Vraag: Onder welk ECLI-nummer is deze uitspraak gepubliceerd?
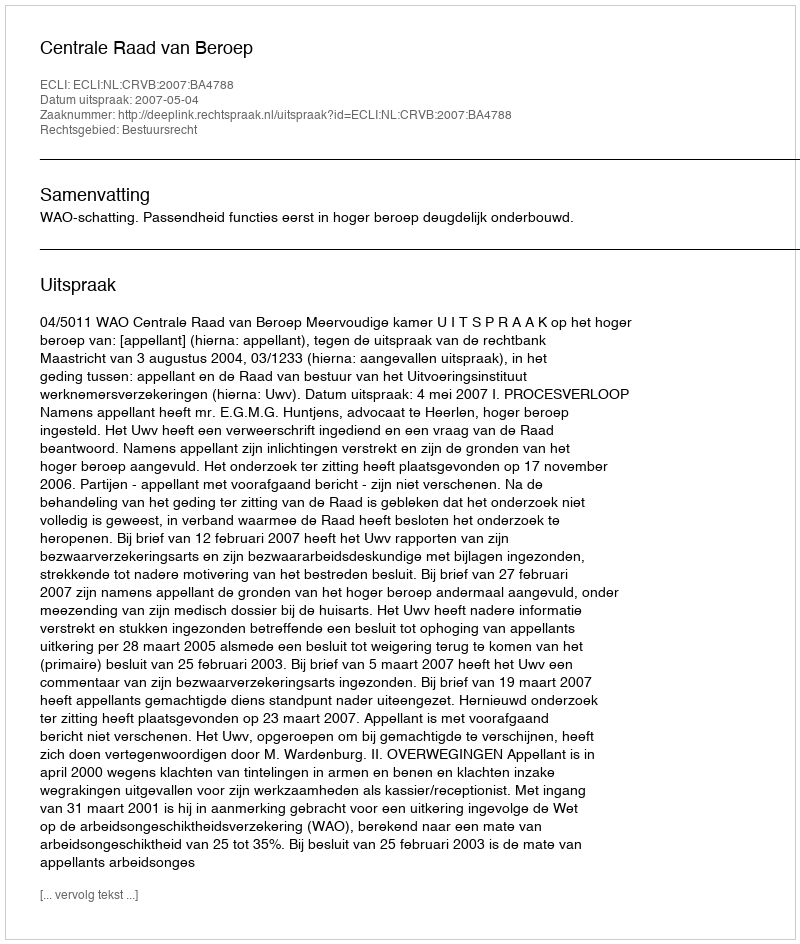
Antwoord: ECLI:NL:CRVB:2007:BA4788